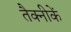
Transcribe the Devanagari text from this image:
तैक्नीकें